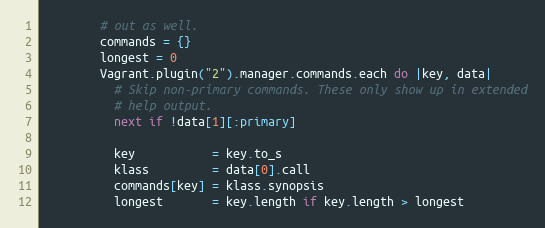
Language: Ruby
        # out as well.
        commands = {}
        longest = 0
        Vagrant.plugin("2").manager.commands.each do |key, data|
          # Skip non-primary commands. These only show up in extended
          # help output.
          next if !data[1][:primary]

          key           = key.to_s
          klass         = data[0].call
          commands[key] = klass.synopsis
          longest       = key.length if key.length > longest